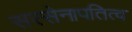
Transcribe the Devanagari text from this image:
सरसेनापतित्व